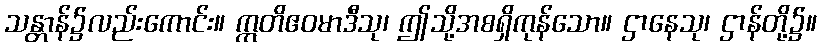
သန္တာန်၌လည်းကောင်း။ ဣတိဧဝမာဒီသု၊ ဤသို့အစရှိကုန်သော။ ဌာနေသု၊ ဌာန်တို့၌။